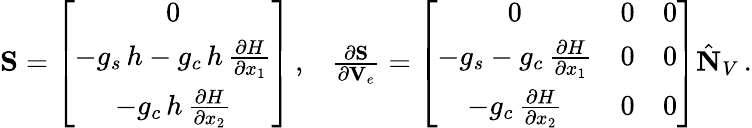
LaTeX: \begin{array}{r}{\begin{array}{cc}{{\mathbf S}=\left[\begin{array}{c}{0}\\ {-g_{s}\, {h}-g_{c}\, {h}\, \frac{\partial{H}}{\partial{x}_{1}}}\\ {-g_{c}\, {h}\, \frac{\partial{H}}{\partial{x}_{2}}}\end{array}\right]\, ,}&{\frac{\partial{\mathbf S}}{\partial{\mathbf V}_{e}}=\left[\begin{array}{ccc}{0}&{0}&{0}\\ {-g_{s}-g_{c}\, \frac{\partial{H}}{\partial{x}_{1}}}&{0}&{0}\\ {-g_{c}\, \frac{\partial{H}}{\partial{x}_{2}}}&{0}&{0}\end{array}\right]\hat{\mathbf N}_{V}\, .}\end{array}}\end{array}